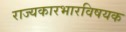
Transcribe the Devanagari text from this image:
राज्यकारभारविषयक